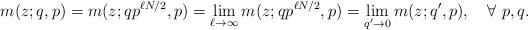
LaTeX: \begin{align*}m(z;q,p)=m(z;qp^{\ell N/2},p)=\lim_{\ell\to\infty}m(z;qp^{\ell N/2},p)=\lim_{q'\to0}m(z;q',p),\quad\forall\ p,q.\end{align*}